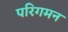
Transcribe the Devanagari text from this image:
परिगमन